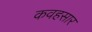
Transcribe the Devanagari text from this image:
कवहसार